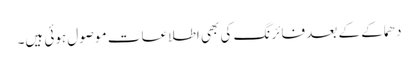
دھماکے کے بعد فائرنگ کی بھی اطلاعات موصول ہوئی ہیں۔